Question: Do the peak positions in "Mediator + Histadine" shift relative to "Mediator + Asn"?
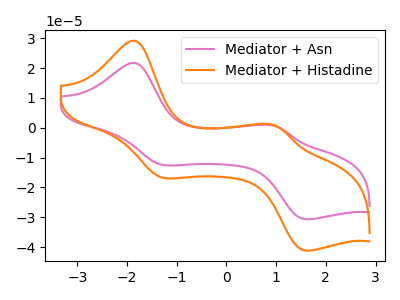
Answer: <think>The pink curve "Mediator + Asn" has anodic peaks at (-1.85V, 21.65uA) (0.95V, 0.60uA) and cathodic peaks at (-1.25V, -12.55uA) (1.60V, -30.65uA). The orange curve "Mediator + Histadine" has anodic peaks at (-1.85V, 29.05uA) (0.95V, 0.85uA) and cathodic peaks at (-1.25V, -16.85uA) (1.60V, -41.15uA).
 All the peaks in "Mediator + Histadine" have a peak in "Mediator + Asn" at the same potential. Every peak in "Mediator + Histadine" is higher than every peak in "Mediator + Asn".</think>
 <answer>No, "Mediator + Histadine" and "Mediator + Asn" don't appear to be significantly different in shape</answer>
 <eval>no_change</eval>